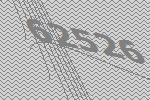
62526